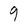
Character: 9